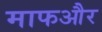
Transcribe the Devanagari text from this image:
माफऔर